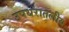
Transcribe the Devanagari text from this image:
उपधरातलीय